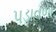
પડાવળા